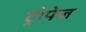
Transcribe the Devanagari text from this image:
ट्रोपेज